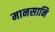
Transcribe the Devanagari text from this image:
मानसानि